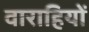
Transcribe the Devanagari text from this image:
वाराहियों